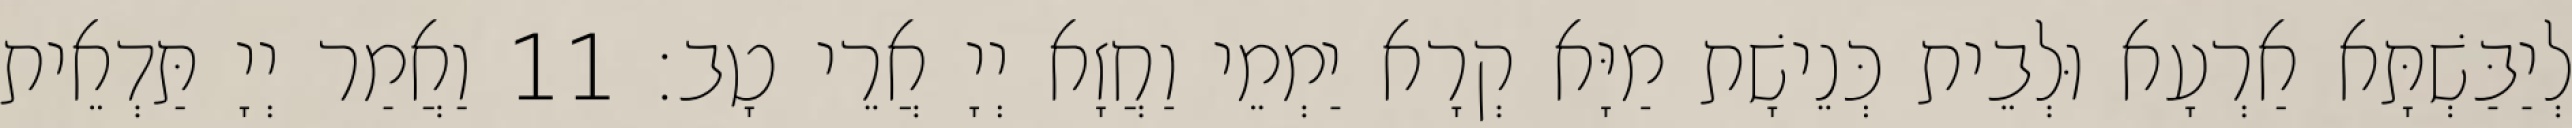
לְיַבַּשְׁתָּא אַרְעָא וּלְבֵית כְּנֵישָׁת מַיָּא קְרָא יַמְמֵי וַחֲזָא יְיָ אֲרֵי טָב׃ 11 וַאֲמַר יְיָ תַּדְאֵית